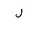
Letter: _lam